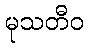
မုသတီဝ